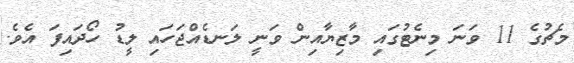
މެޗުގެ 11 ވަނަ މިނެޓުގައި މާޒިޔާއިން ވަނީ ލަނޑެއްޖަހައި ލީޑު ހޯދައިފަ އެވެ.